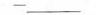
-______